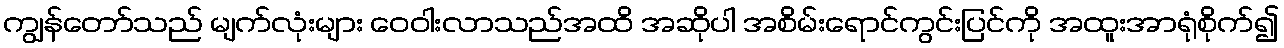
ကျွန်တော်သည် မျက်လုံးများ ဝေဝါးလာသည်အထိ အဆိုပါ အစိမ်းရောင်ကွင်းပြင်ကို အထူးအာရုံစိုက်၍